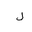
Letter: _lam